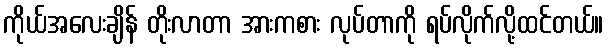
ကိုယ်အလေးချိန် တိုးလာတာ အားကစား လုပ်တာကို ရပ်လိုက်လို့ထင်တယ်။